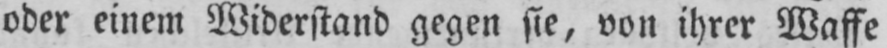
oder einem Widerstand gegen sie, von ihrer Waffe